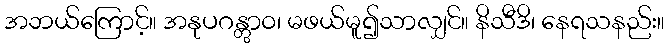
အဘယ်ကြောင့်။ အနုပဂန္တွာဝ၊ မဖယ်မူ၍သာလျှင်။ နိသီဒိ၊ နေရသနည်း။